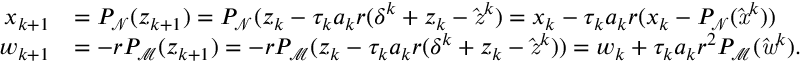
\begin{array} { r l } { x _ { k + 1 } } & { = P _ { \mathrm { \mathcal { N } } } ( z _ { k + 1 } ) = P _ { \mathrm { \mathcal { N } } } ( z _ { k } - \tau _ { k } a _ { k } r ( \delta ^ { k } + z _ { k } - \mathit { \hat { z } } ^ { k } ) = x _ { k } - \tau _ { k } a _ { k } r ( x _ { k } - P _ { \mathrm { \mathcal { N } } } ( \mathit { \hat { x } } ^ { k } ) ) } \\ { w _ { k + 1 } } & { = - r P _ { \mathrm { \mathcal { M } } } ( z _ { k + 1 } ) = - r P _ { \mathrm { \mathcal { M } } } ( z _ { k } - \tau _ { k } a _ { k } r ( \delta ^ { k } + z _ { k } - \mathit { \hat { z } } ^ { k } ) ) = w _ { k } + \tau _ { k } a _ { k } r ^ { 2 } P _ { \mathrm { \mathcal { M } } } ( \mathit { \hat { w } } ^ { k } ) . } \end{array}